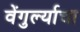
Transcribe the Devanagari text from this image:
वेंगुर्ल्याचा